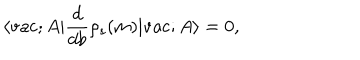
\langle \mathrm { v a c } ; A | \frac { d } { d b } \rho _ { s } ( m ) | \mathrm { v a c } ; A \rangle = 0 ,